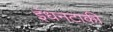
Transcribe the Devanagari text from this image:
इंधनटाकी